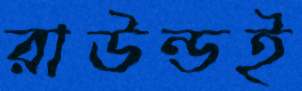
রাউন্ডই